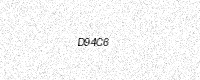
Text: D94C6